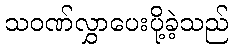
သဝဏ်လွှာပေးပို့ခဲ့သည်